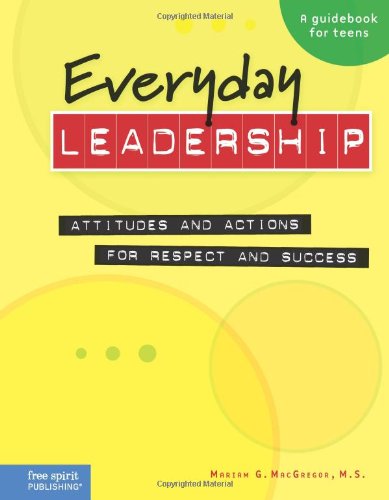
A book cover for Everyday Leadership: Attitudes and Actions for Respect and Success (A guidebook for teens); Mariam G. MacGregor M.S.; Teen & Young Adult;